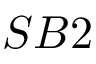
S B 2